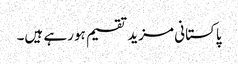
پاکستانی مزید تقسیم ہورہے ہیں۔